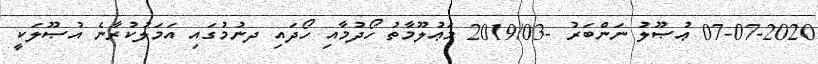
07-07-2020 ޢުޞޫލު ނަންބަރު -2019/03 މަޢުލޫމާތު ހޯދުމާއި ހޯދައި ދނުމުގައި އަމަލުކުރާނެ އުޞޫލަކީ